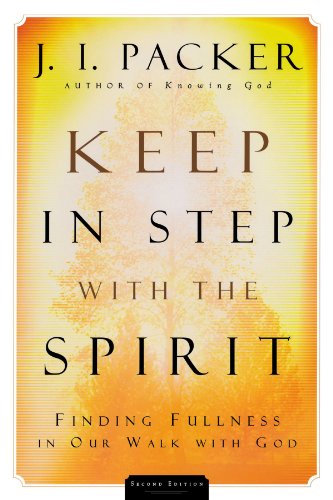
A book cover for Keep in Step with the Spirit: Finding Fullness in Our Walk with God; J. I. Packer; Christian Books & Bibles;